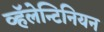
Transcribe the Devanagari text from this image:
व्हॅलेन्टिनियन